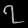
Digit: ၇